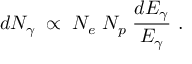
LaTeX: d N _ { \gamma } \; \propto \; N _ { e } \; N _ { p } \; { \frac { d E _ { \gamma } } { E _ { \gamma } } } \ .